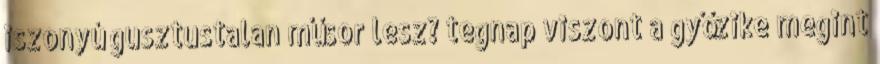
iszonyú gusztustalan műsor lesz? tegnap viszont a győzike megint